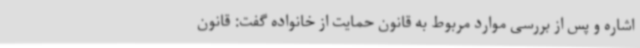
اشاره و پس از بررسی موارد مربوط به قانون حمایت از خانواده گفت: قانون